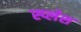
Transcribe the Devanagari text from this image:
स्प्लेश